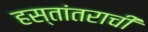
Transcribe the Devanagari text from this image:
हस्तांतराची